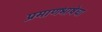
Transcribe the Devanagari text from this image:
प्रमाणभाषेचा